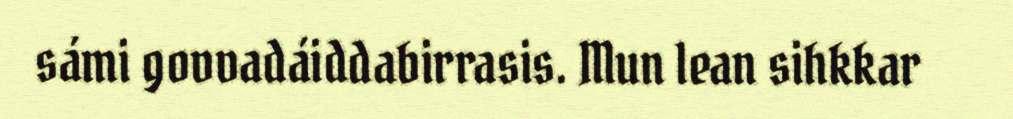
sámi govvadáiddabirrasis. Mun lean sihkkar